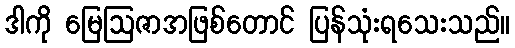
ဒါကို မြေဩဇာအဖြစ်တောင် ပြန်သုံးရသေးသည်။